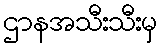
ဌာနအသီးသီးမှ